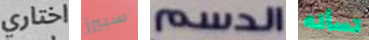
اختاري سبيرز الدسم تسأله